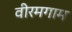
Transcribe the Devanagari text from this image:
वीरमगाम